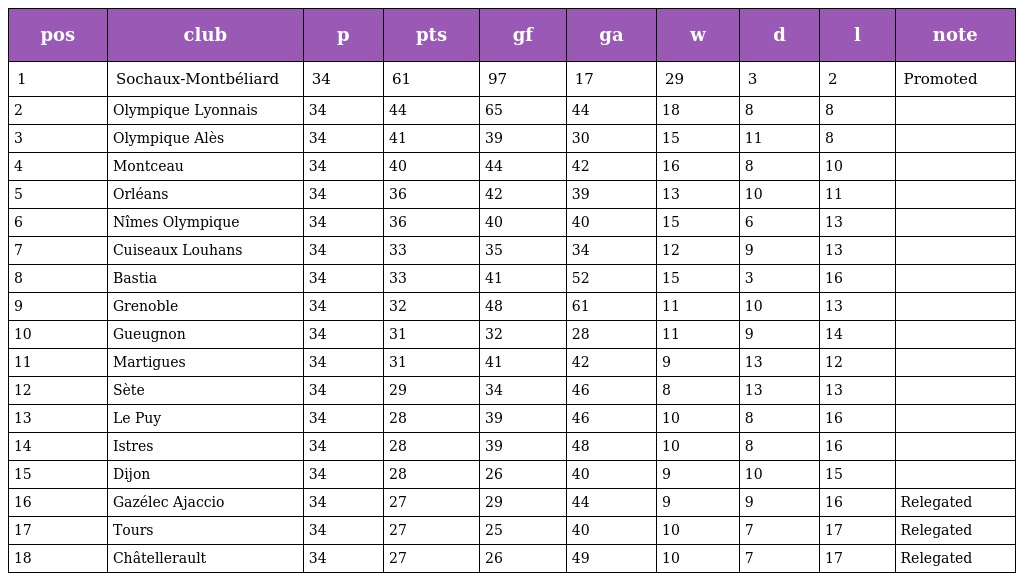
| pos | club | p | pts | gf | ga | w | d | l | note |
 | --- | --- | --- | --- | --- | --- | --- | --- | --- | --- |
 | 1 | Sochaux-Montbéliard | 34 | 61 | 97 | 17 | 29 | 3 | 2 | Promoted |
 | 2 | Olympique Lyonnais | 34 | 44 | 65 | 44 | 18 | 8 | 8 |  |
 | 3 | Olympique Alès | 34 | 41 | 39 | 30 | 15 | 11 | 8 |  |
 | 4 | Montceau | 34 | 40 | 44 | 42 | 16 | 8 | 10 |  |
 | 5 | Orléans | 34 | 36 | 42 | 39 | 13 | 10 | 11 |  |
 | 6 | Nîmes Olympique | 34 | 36 | 40 | 40 | 15 | 6 | 13 |  |
 | 7 | Cuiseaux Louhans | 34 | 33 | 35 | 34 | 12 | 9 | 13 |  |
 | 8 | Bastia | 34 | 33 | 41 | 52 | 15 | 3 | 16 |  |
 | 9 | Grenoble | 34 | 32 | 48 | 61 | 11 | 10 | 13 |  |
 | 10 | Gueugnon | 34 | 31 | 32 | 28 | 11 | 9 | 14 |  |
 | 11 | Martigues | 34 | 31 | 41 | 42 | 9 | 13 | 12 |  |
 | 12 | Sète | 34 | 29 | 34 | 46 | 8 | 13 | 13 |  |
 | 13 | Le Puy | 34 | 28 | 39 | 46 | 10 | 8 | 16 |  |
 | 14 | Istres | 34 | 28 | 39 | 48 | 10 | 8 | 16 |  |
 | 15 | Dijon | 34 | 28 | 26 | 40 | 9 | 10 | 15 |  |
 | 16 | Gazélec Ajaccio | 34 | 27 | 29 | 44 | 9 | 9 | 16 | Relegated |
 | 17 | Tours | 34 | 27 | 25 | 40 | 10 | 7 | 17 | Relegated |
 | 18 | Châtellerault | 34 | 27 | 26 | 49 | 10 | 7 | 17 | Relegated |